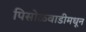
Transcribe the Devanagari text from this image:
पिसोळवाडीमधून